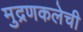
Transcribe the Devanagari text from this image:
मुद्रणकलेची